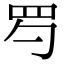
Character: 𦉹